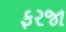
ફરજા